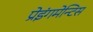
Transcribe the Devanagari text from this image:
प्रेइंगमेन्टिस